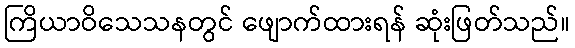
ကြိယာဝိသေသနတွင် ဖျောက်ထားရန် ဆုံးဖြတ်သည်။